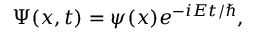
\Psi ( x , t ) = \psi ( x ) e ^ { - i E t / \hbar } ,